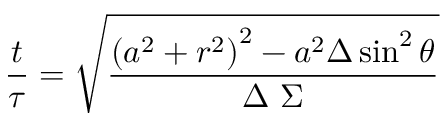
{ \frac { t } { \tau } } = { \sqrt { \frac { \left( a ^ { 2 } + r ^ { 2 } \right) ^ { 2 } - a ^ { 2 } \Delta \sin ^ { 2 } \theta } { \Delta \ \Sigma } } }